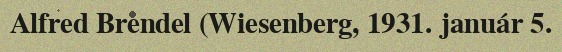
Alfred Brendel (Wiesenberg, 1931. január 5.